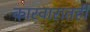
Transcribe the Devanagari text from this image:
कारवारातही